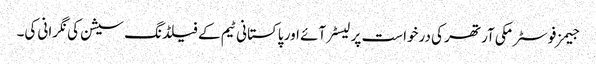
جیمز فوسٹر مکی آرتھر کی درخواست پر لیسٹر آئے اور پاکستانی ٹیم کے فیلڈنگ سیشن کی نگرانی کی۔